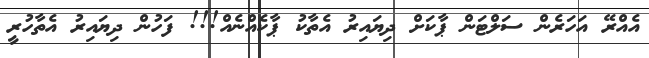
އެއްރޭ އަހަރެން ސަލްޓަން ޕާކަށް ދިޔައިރު އެތާކު ޕާކެެއްނެއް!!! ފަހުން ދިޔައިރު އެތާހުރީ